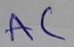
Text: AC